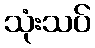
သုံးသပ်